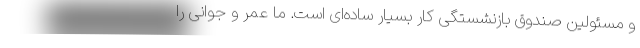
و مسئولین صندوق بازنشستگی کار بسیار ساده‌ای است. ما عمر و جوانی را